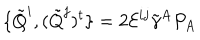
\{ \tilde { Q } ^ { i } , ( \tilde { Q } ^ { j } ) ^ { t } \} = 2 { \cal E } ^ { i j } \tilde { \gamma } ^ { A } P _ { A }